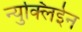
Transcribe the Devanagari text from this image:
न्युक्लिईन